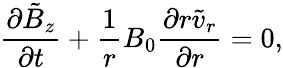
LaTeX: \frac{\partial\tilde{B}_{z}}{\partial t}+\frac{1}{r}B_{0}\frac{\partial r\tilde{v}_{r}}{\partial r}=0,